Lunatic asylums Bombay report 1891-1903 - 1891-1903
Year: 1891
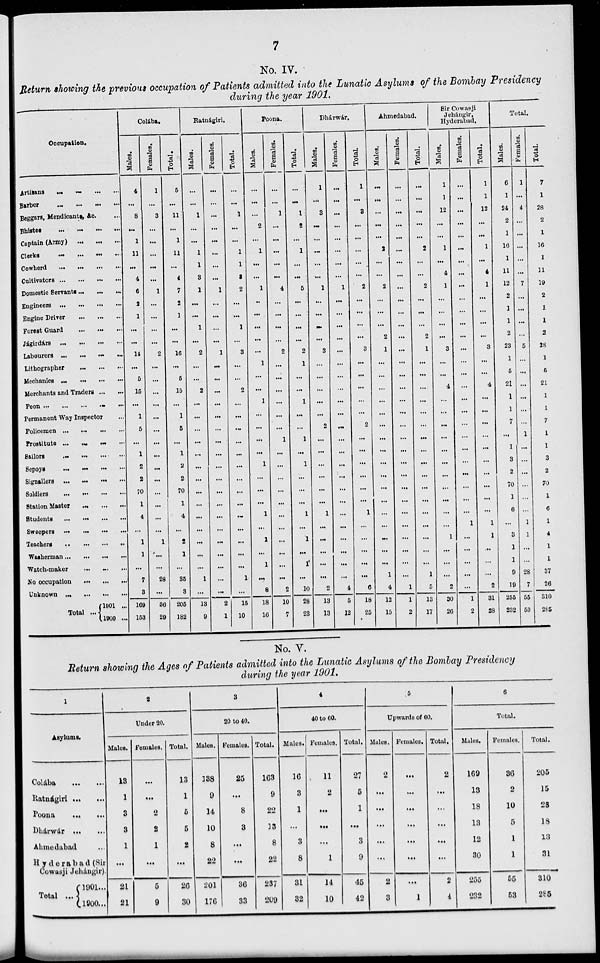
7
No. IV.
Return showing the previous occupation of Patients admitted into the Lunatic Asylums of the Bombay Presidency
during the year 1901.
Occupation.
Artisans ... ... ... ...
Barber
...
...
...
...
Beggars, Mendicants &c. ...
Bhistes
...
...
...
...
Captain (Army) ... ... ...
Clerks
...
...
...
...
Cowherd ... ... ... ...
Cultivators ... ... ... ...
Domestic Servants ... ... ...
Engineers
...
...
...
...
Engine Driver
...
...
...
Forest Guard ... ... ...
Jágirdárs
...
...
...
...
Labourers ...
...
...
...
Lithographer
Mechanics
...
...
...
...
Merchants and Traders
Peon ... ... ... ... ...
Permanent Way Inspector
Policemen ... ...
Prostitute ... ...
Sailors ... ... ... ...
Sepoys
...
...
... ...
Signallers ...
...
...
...
Soldiers
...
...
...
...
Station Master
...
...
...
Students
...
...
...
...
Sweepers ...
...
... ...
Teachers
...
...
...
...
Washerman
... ...
Watch-maker ... ... ...
No occupation ... ... ...
Unknown
...
...
...
...
Total ...
1901 ...
1900 ...
Colába.
Males.
4
...
8
...
1
11
...
4
6
a
1
...
...
14
...
5
16
...
1
5
...
1
2
2
70
1
4
...
1
1
...
7
3
169
153
Females.
1
...
3
...
...
...
...
...
1
...
...
...
...
2
...
...
...
...
...
...
...
...
...
...
...
...
...
...
1
...
...
28
...
36
29
Total.
5
...
11
...
1
11
...
i
7
2
1
...
...
16
...
6
15
...
1
6
...
1
2
2
70
1
4
...
2
1
...
35
3
205
182
Ratnágiri.
Males.
...
1
...
...
1
1
3
1
...
...
1
...
2
...
...
2
...
...
...
...
...
...
...
...
...
...
...
...
...
...
1
...
13
9
Females.
...
...
...
...
...
...
...
1
...
...
...
...
1
...
...
...
...
...
...
...
...
...
...
...
...
...
...
...
...
...
...
...
2
1
Total.
...
1
...
...
1
1
2
2
...
...
1
...
3
...
...
2
...
...
...
...
...
...
...
...
...
...
...
...
...
...
1
...
15
10
Poona.
Males.
...
...
2
...
1
...
...
1
..
...
...
...
...
1
...
...
1
...
...
...
...
1
...
...
...
1
...
1
...
1
...
8
18
10
Females.
...
1
...
...
...
...
...
4
...
...
...
...
2
...
...
...
...
...
...
1
...
...
...
...
...
...
...
...
...
...
...
2
10
7
Total.
...
1
2
...
1
...
...
5
...
...
...
...
2
1
...
...
1
...
...
1
...
1
...
...
...
1
...
1
...
1
...
10
28
23
Dhárwár.
Males.
...
3
...
...
...
...
...
1
...
...
...
...
3
...
...
...
...
...
2
...
...
...
...
...
...
1
...
...
...
...
...
2
13
13
Females.
...
...
...
...
...
...
...
...
1
...
...
...
...
...
...
...
...
...
...
...
...
...
...
...
...
...
...
...
...
...
...
...
4
5
12
Total.
...
3
...
...
...
...
...
2
...
...
...
...
3
...
...
...
...
...
2
...
...
...
...
...
...
1
...
...
...
...
...
6
18
25
Ahmedabad.
Males.
...
...
...
...
...
2
...
2
...
...
...
2
1
...
...
...
...
...
...
...
...
...
...
...
...
...
...
...
...
...
1
4
12
15
Females.
...
...
...
...
...
...
...
...
...
...
...
...
...
...
...
...
...
...
...
...
...
...
...
...
...
...
...
...
...
...
1
1
2
Total.
...
...
...
...
...
2
...
...
2
...
...
...
2
1
...
...
...
...
...
...
...
...
...
...
...
...
...
...
...
...
...
1
5
13
17
Sir Cowasji
Jehángir,
Hyderabad.
Males.
1
1
12
...
...
1
...
4
1
...
...
...
...
3
...
...
4
...
...
...
...
...
...
...
...
...
...
...
1
...
...
...
2
30
26
Females.
...
...
...
...
...
...
...
...
...
...
...
...
...
...
...
...
...
...
...
...
...
...
...
...
...
...
...
1
...
...
...
...
...
1
2
Total.
1
1
12
...
...
1
...
4
1
...
...
...
...
3
...
...
4
...
...
...
...
...
...
...
...
...
...
1
1
...
...
...
2
31
28
Total.
Males.
6
1
24
2
1
16
1
11
12
2
1
1
2
23
1
5
21
1
1
7
...
1
3
2
70
1
6
...
3
1
1
9
19
255
232
Females.
1
...
4
...
...
...
...
...
7
...
...
...
...
5
...
...
...
...
...
...
1
...
...
...
...
...
...
1
1
...
...
28
7
55
53
Total.
7
1
28
2
1
16
1
11
19
2
1
1
2
28
1
6
21
1
1
7
1
1
3
2
70
1
6
1
4
1
...
37
26
310
2S5
No. V.
Return showing the Ages of Patients admitted into the Lunatic Asylums of the Bombay Presidency
during the year 1901.
1
Asylums.
Colába
...
...
Ratnágiri ... ...
Poona
...
...
Dhárwár ... ...
Ahmedabad ...
Hyderabad (Sir
Cowasji Jehángir).
Total ...
'3901...
1900...
2
Under 20.
Males.
13
1
3
3
1
...
21
21
Females.
...
...
2
2
1
...
5
9
Total.
13
1
5
5
2
...
26
30
3
20 to 40.
Males.
138
9
14
10
8
22
201
176
Females.
25
...
8
3
...
...
36
33
Total.
163
9
22
13
8
22
237
209
4
40 to 60.
Males.
16
3
1
...
3
8
31
32
Females.
11
2
...
...
...
1
14
10
Total.
27
5
1
...
3
9
45
42
5
Upwards of 60.
Males.
2
...
...
...
...
...
2
3
Females.
...
...
...
...
...
...
...
1
Total.
2
...
...
...
...
...
2
4
6
Total.
Males.
169
13
18
13
12
30
255
232
Females.
36
2
10
5
1
1
55
53
Total.
205
15
28
18
13
31
310
285